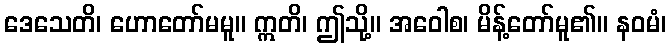
ဒေသေတိ၊ ဟောတော်မမူ။ ဣတိ၊ ဤသို့။ အဝေါစ၊ မိန့်တော်မူ၏။ နဝမံ၊